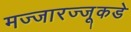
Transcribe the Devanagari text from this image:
मज्जारज्जूकडे